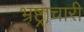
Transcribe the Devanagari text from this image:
भ्रष्ट्राचारी